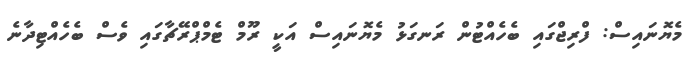
މެޔޮނައިސް: ފްރިޖްގައި ބެހެއްޓުން ރަނގަޅު މެޔޮނައިސް އަކީ ރޫމް ޓެމްޕްރޭޗާގައި ވެސް ބެހެއްޓިދާނެ